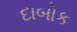
દાબોક